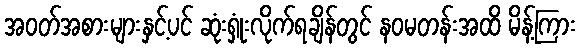
အဝတ်အစားများနှင့်ပင် ဆုံးရှုံးလိုက်ရချိန်တွင် နဝမတန်းအထိ မိန့်ကြား